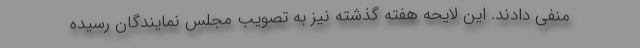
منفی دادند. این لایحه هفته گذشته نیز به تصویب مجلس نمایندگان رسیده